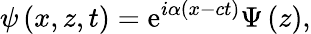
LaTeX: \psi\left(x,z,t\right)=\mathrm{e}^{i\alpha\left(x-ct\right)}\Psi\left(z\right),